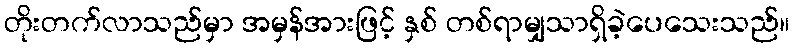
တိုးတက်လာသည်မှာ အမှန်အားဖြင့် နှစ် တစ်ရာမျှသာရှိခဲ့ပေသေးသည်။